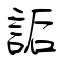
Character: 詬